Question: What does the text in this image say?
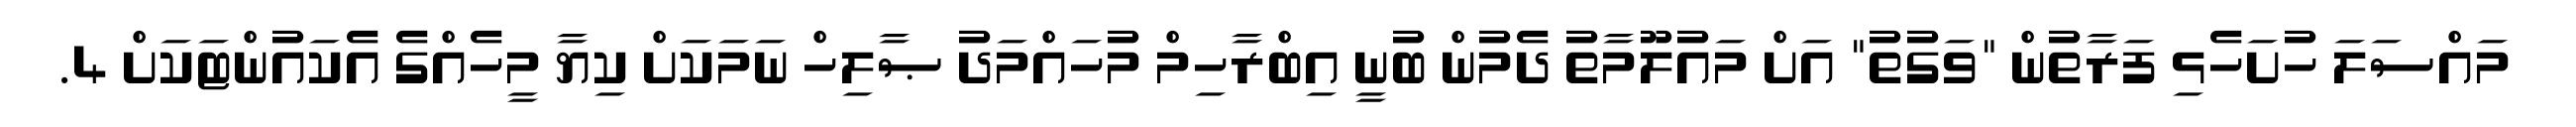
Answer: މައްސަލަ ހުށަހެޅި ފަރާތުން "ވަގުތު" އަށް މައުލޫމާތު ދެމުން ބުނީ އިބްރާހިމް މުހައްމަދު ޞާލިހް ނަމަކަށް ކިޔާ މީހެއްގެ އެކައުންޓަކަށް 4.